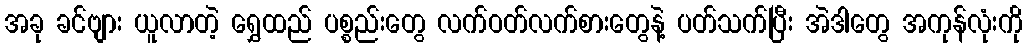
အခု ခင်ဗျား ယူလာတဲ့ ရွှေထည် ပစ္စည်းတွေ လက်ဝတ်လက်စားတွေနဲ့ ပတ်သက်ပြီး အဲဒါတွေ အကုန်လုံးကို